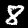
Label: 8